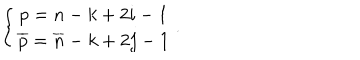
\left\{ \begin{array} { c } { { p = n - k + 2 i - 1 } } \\ { { \overline { { { p } } } = \overline { { { n } } } - k + 2 j - 1 } } \\ \end{array} \right. .